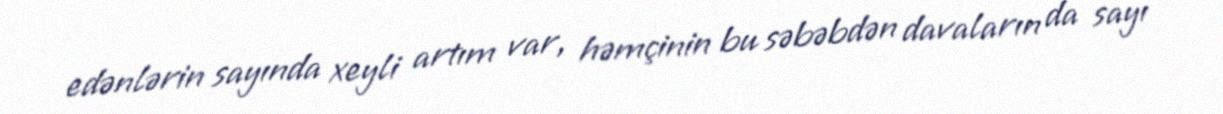
edənlərin sayında xeyli artım var, həmçinin bu səbəbdən davaların da sayı